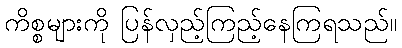
ကိစ္စများကို ပြန်လှည့်ကြည့်နေကြရသည်။